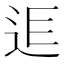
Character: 𨒎